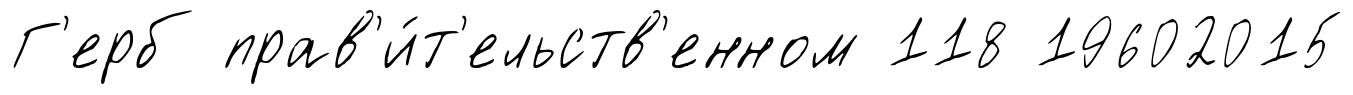
Г'ерб прав'и́т'ельств'енном 118 19602015